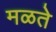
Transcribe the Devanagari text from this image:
मळते